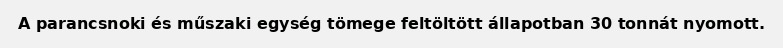
A parancsnoki és műszaki egység tömege feltöltött állapotban 30 tonnát nyomott.